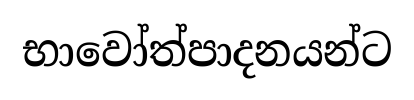
භාවෝත්පාදනයන්ට